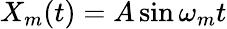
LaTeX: X_{m}(t)=A\sin\omega_{m}t